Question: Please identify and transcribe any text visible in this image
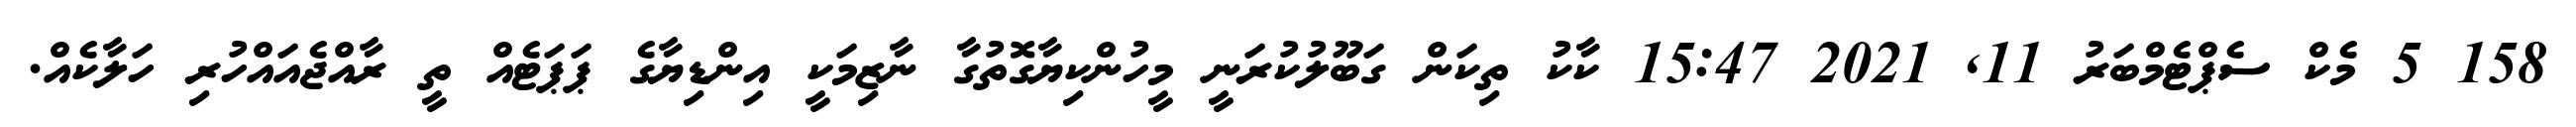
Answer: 158 5 މެކް ސެޕްޓެމްބަރު 11, 2021 15:47 ކާކު ތިކަން ގަބޫލުކުރަނީ މީހުންކިޔާގޮތުގާ ނާޒިމަކީ އިންޑިޔާގެ ޕަޕަޓެއް ތީ ރާއްޖެއައްހުރި ހަލާކެއް.